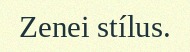
Zenei stílus.